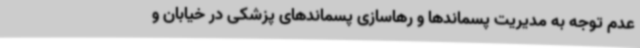
عدم توجه به مدیریت پسماندها و رهاسازی پسماندهای پزشکی در خیابان و